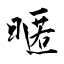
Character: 暱